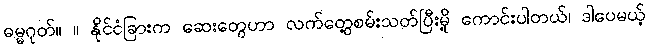
ဓမ္မဂုတ်။ ။ နိုင်ငံခြားက ဆေးတွေဟာ လက်တွေ့စမ်းသတ်ပြီးမို့ ကောင်းပါတယ်၊ ဒါပေမယ့်